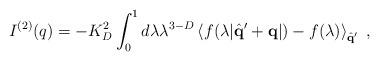
LaTeX: \begin{align*}I^{(2)} ( q ) = - K_D^2 \int_0^{1} d \lambda \lambda^{3-D} \left\langle f ( \lambda | \hat{\bf{q}}^{\prime} + {\bf{q}} | ) - f ( \lambda ) \right\rangle_{\hat{\bf{q}}^{\prime}} \; , \end{align*}